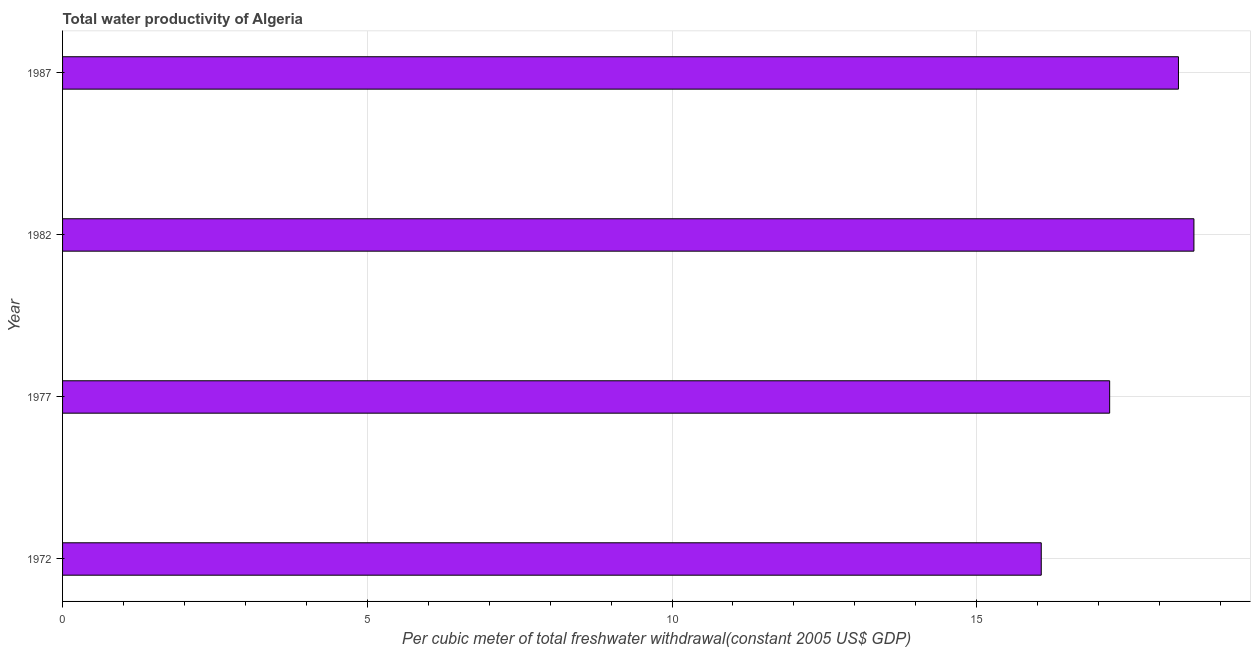
| Year | Water productivity |
 | --- | --- |
 | 1972 | 16.1 |
 | 1977 | 17.2 |
 | 1982 | 18.6 |
 | 1987 | 18.3 |